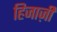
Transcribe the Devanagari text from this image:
हिजाज़ी